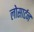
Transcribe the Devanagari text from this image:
लोसार्टन